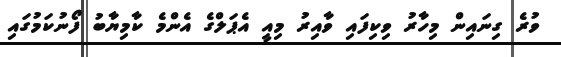
ވުރެ ގިނައިން މިހާރު ވިކިފައި ވާއިރު މިއީ އެޕަލްގެ އެންމެ ކާމިޔާބު ފޯނުކަމުގައި